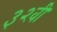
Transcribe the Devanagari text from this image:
३२वी